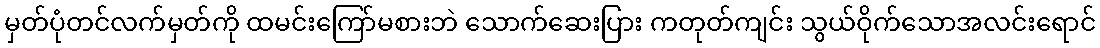
မှတ်ပုံတင်လက်မှတ်ကို ထမင်းကြော်မစားဘဲ သောက်ဆေးပြား ကတုတ်ကျင်း သွယ်ဝိုက်သောအလင်းရောင်